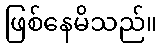
ဖြစ်နေမိသည်။